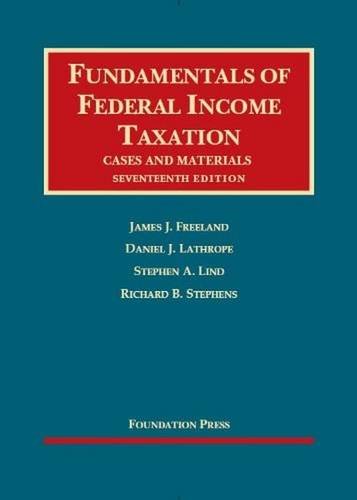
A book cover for Fundamentals of Federal Income Taxation (University Casebook Series); James Freeland; Law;